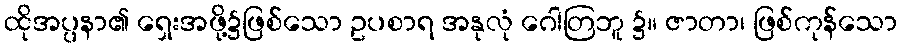
ထိုအပ္ပနာ၏ ရှေးအဖို့၌ဖြစ်သော ဥပစာရ အနုလုံ ဂေါတြဘူ ၌။ ဇာတာ၊ ဖြစ်ကုန်သော